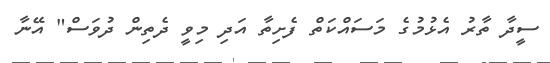
ސީދާ ތާރު އެޅުމުގެ މަސައްކަތް ފެށިތާ އަދި މިވީ ދެތިން ދުވަސް" އޭނާ